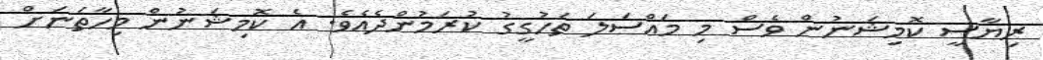
ރިޔާސީ ކޮމިޝަނުން ވެސް މި މައްސަލަ ތަހުގީގު ކުރަމުންދެއެވެ. އެ ކޮމިޝަނުން މިހާތަނަށް